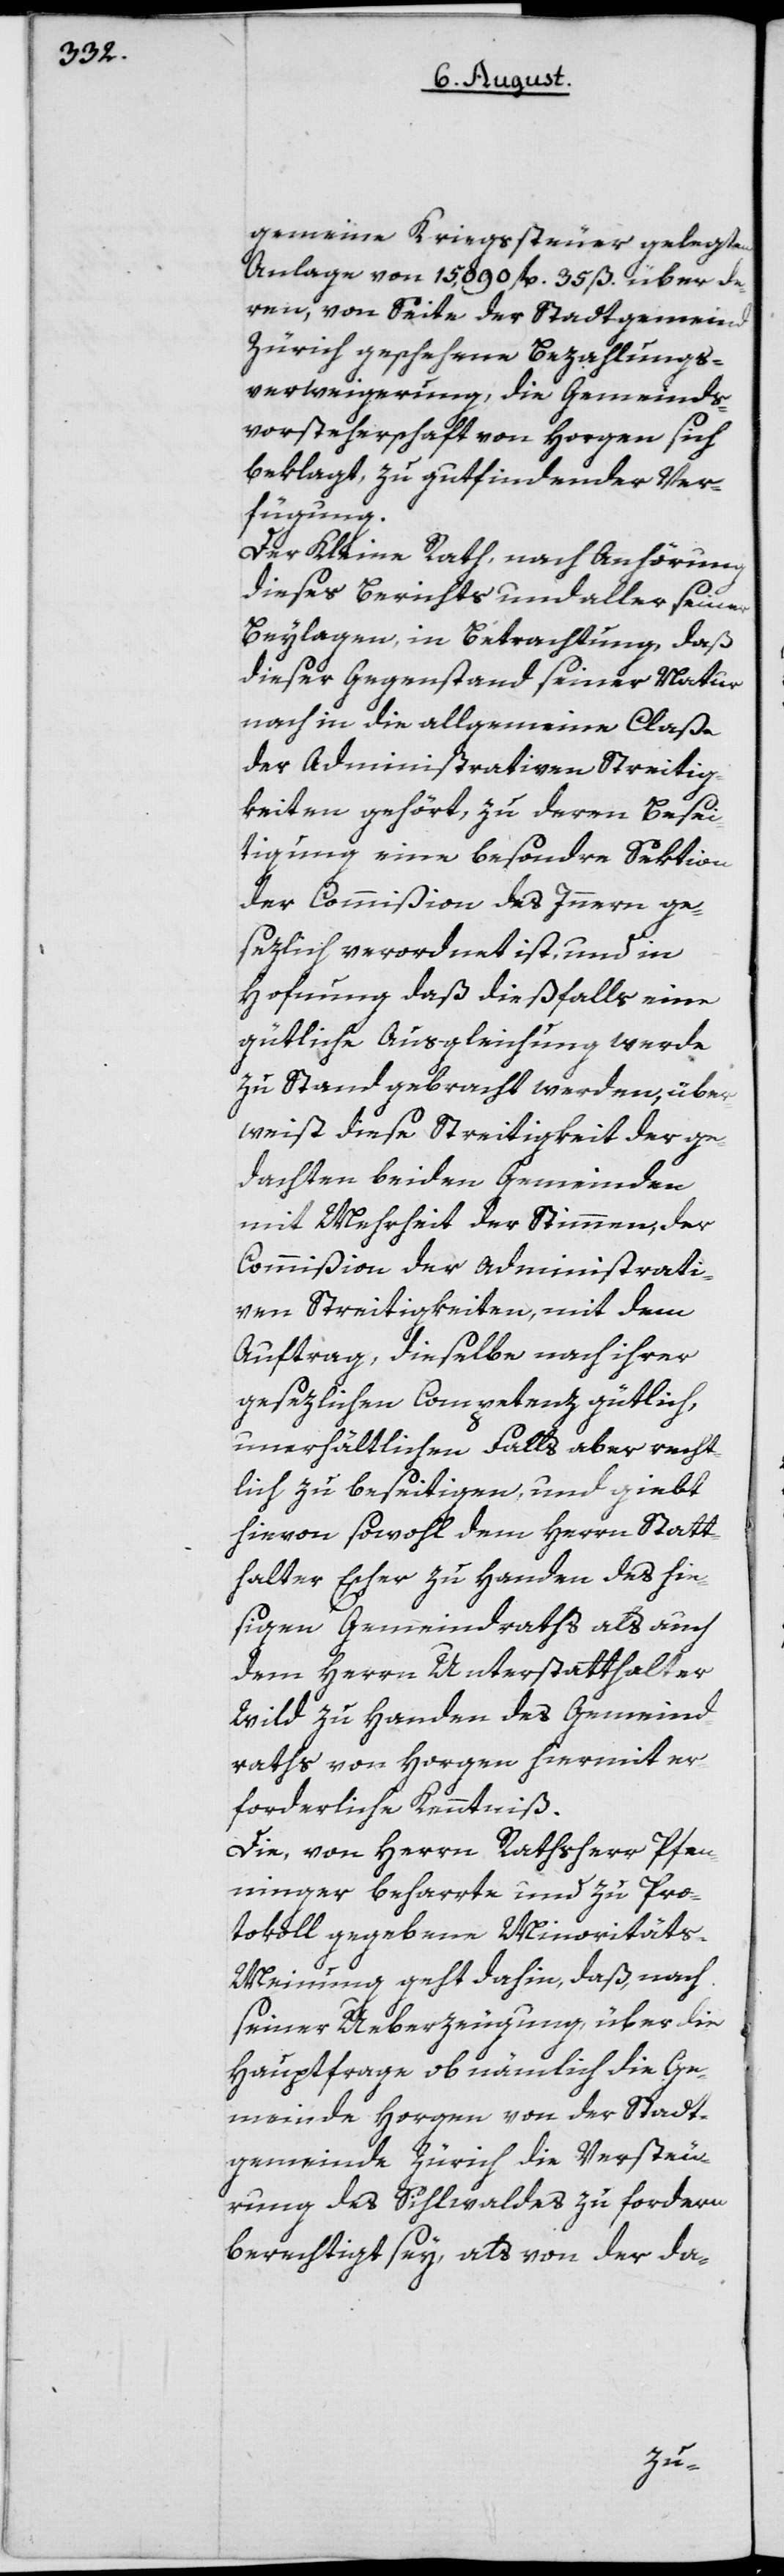
gemeine Kriegssteuer gelegten
Anlage von 15,090 fl. 35 ß. über de¬
ren, von Seite der Stadtgemeind
Zürich geschehene Bezahlungs¬
verweigerung, die Gemeinds¬
vorsteherschaft von Horgen sich
beklagt, zu gutfindender Ver¬
fügung.
Der Kleine Rath, nach Anhörung
dieses Berichts und aller seiner
Beylagen, in Betrachtung, daß
dieser Gegenstand seiner Natur
nach in die allgemeine Claße
der Administrativen Streitig¬
keiten gehört, zu deren Besei¬
tigung eine besondre Sektion
der Commißion des Innern ge¬
sezlich verordnet ist, und in
Hofnung daß dießfalls eine
gütliche Ausgleichung werde
zu Stand gebracht werden, über¬
weist diese Streitigkeit der ge¬
dachten beiden Gemeinden
mit Mehrheit der Stimmen, der
Commißion der administrati¬
ven Streitigkeiten, mit dem
Auftrag, dieselbe nach ihrer
gesezlichen Competenz gütlich,
unerhältlichen Falls aber recht¬
lich zu beseitigen, und giebt
hievon sowohl dem Herrn Statt¬
halter Escher zu Handen des hie¬
sigen Gemeindraths als auch
dem Herrn Unterstatthalter
Wild zu Handen des Gemeind¬
raths von Horgen hiermit er¬
forderliche Kenntniß.
Die, von Herrn Rathsherr Pfen¬
ninger beharrte und zu Pro¬
tokoll gegebene Minoritäts-M¬
einung geht dahin, daß, nach
seiner Ueberzeugung, über die
Hauptfrage ob nämlich die Ge¬
meinde Horgen von der Stadt¬
gemeinde Zürich die Versteu¬
rung des Sihlwaldes zu fordern
berechtigt sey, als von der da-